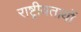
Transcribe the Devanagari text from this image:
राष्ट्रीयतायों